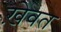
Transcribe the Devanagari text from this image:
ख़ेवत